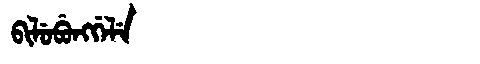
Manchu: ᠪᡳᠯᡠᠪᡠᠩᡤᡝᠯᡝ
Romanization: BILUBUNGGELE